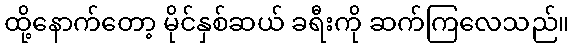
ထို့နောက်တော့ မိုင်နှစ်ဆယ် ခရီးကို ဆက်ကြလေသည်။